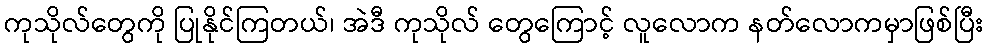
ကုသိုလ်တွေကို ပြုနိုင်ကြတယ်၊ အဲဒီ ကုသိုလ် တွေကြောင့် လူလောက နတ်လောကမှာဖြစ်ပြီး